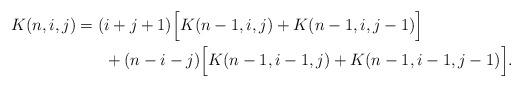
LaTeX: \begin{align*} K(n,i,j) =(&i+j+1)\Big{[}K(n-1,i,j) + K(n-1,i,j-1)\Big{]} \\ & + (n-i-j)\Big{[}K(n-1,i-1,j) + K(n-1,i-1,j-1)\Big{]}. \end{align*}